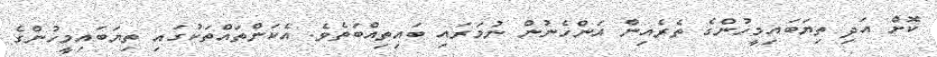
ކޮށް އަދި ތިޔަބައިމީހުންގެ ތެރެއިން އަންހެނުން ނުމަރައި ބައިތިއްބަތެވެ. އެކަންތައްތަކުގައި ތިޔަބައިމީހުންގެ